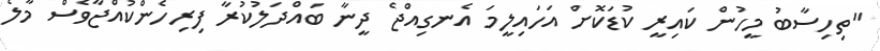
"ތިހިސާބު މީހުން ކައިރީ ކުޑަކޮށް އަހައިލީމަ އެނގިއްޖެ ދީނާ ބައްދަލުކުރާ ފިރިހެންކުއްޖާވެސް މާލެ